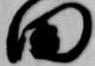
田